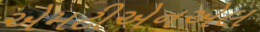
એમટીએનએલ